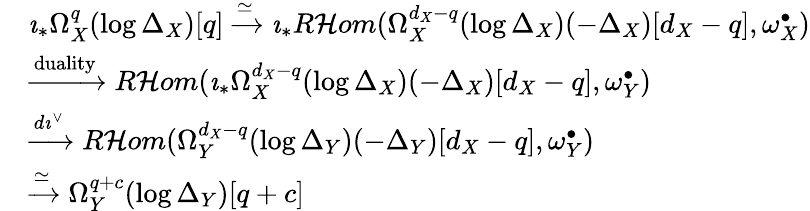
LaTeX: \begin{array}{rl}&{\imath_{*}\Omega_{X}^{q}(\log\Delta_{X})[q]\xrightarrow{\simeq}\imath_{*}R\mathcal{H}om(\Omega_{X}^{d_{X}-q}(\log\Delta_{X})(-\Delta_{X})[d_{X}-q],\omega_{X}^{\bullet})}\\ &{\xrightarrow{\mathrm{duality}}R\mathcal{H}om(\imath_{*}\Omega_{X}^{d_{X}-q}(\log\Delta_{X})(-\Delta_{X})[d_{X}-q],\omega_{Y}^{\bullet})}\\ &{\xrightarrow{d\imath^{\vee}}R\mathcal{H}om(\Omega_{Y}^{d_{X}-q}(\log\Delta_{Y})(-\Delta_{Y})[d_{X}-q],\omega_{Y}^{\bullet})}\\ &{\xrightarrow{\simeq}\Omega_{Y}^{q+c}(\log\Delta_{Y})[q+c]}\end{array}